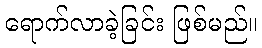
ရောက်လာခဲ့ခြင်း ဖြစ်မည်။